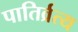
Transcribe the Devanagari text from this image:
पातिर्व्रत्य